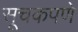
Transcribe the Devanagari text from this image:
सूचकपणे